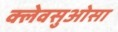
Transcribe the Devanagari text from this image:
क्लेवसुओसा